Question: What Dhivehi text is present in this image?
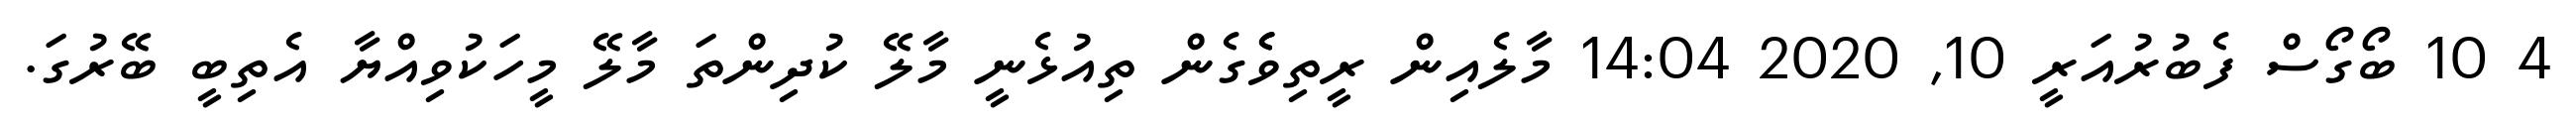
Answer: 4 10 ބޯގޯސް ފެބުރުއަރީ 10, 2020 14:04 މާލެއިން ރީތިވެެގެން ތިއުޅެނީ މާލޭ ކުދިންތަ މާލޭ މީހަކުވިއްޔާ އެތިބީ ބޭރުގަ.